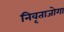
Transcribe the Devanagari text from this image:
निवृताजोगा